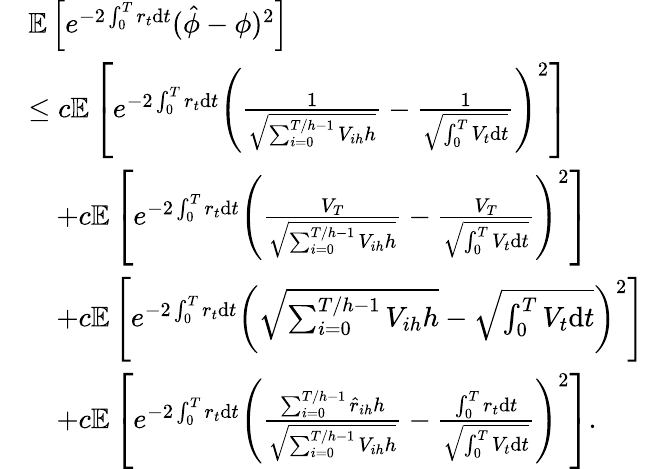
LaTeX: \begin{array}{rl}&{\mathbb{E}\left[e^{-2\int_{0}^{T}r_{t}\mathrm{d}t}(\hat{\phi}-\phi)^{2}\right]}\\ &{\leq c\mathbb{E}\left[e^{-2\int_{0}^{T}r_{t}\mathrm{d}t}\left(\frac{1}{\sqrt{\sum_{i=0}^{T/h-1}V_{ih}h}}-\frac{1}{\sqrt{\int_{0}^{T}V_{t}\mathrm{d}t}}\right)^{2}\right]}\\ &{\quad+c\mathbb{E}\left[e^{-2\int_{0}^{T}r_{t}\mathrm{d}t}\left(\frac{V_{T}}{\sqrt{\sum_{i=0}^{T/h-1}V_{ih}h}}-\frac{V_{T}}{\sqrt{\int_{0}^{T}V_{t}\mathrm{d}t}}\right)^{2}\right]}\\ &{\quad+c\mathbb{E}\left[e^{-2\int_{0}^{T}r_{t}\mathrm{d}t}\left(\sqrt{\sum_{i=0}^{T/h-1}V_{ih}h}-\sqrt{\int_{0}^{T}V_{t}\mathrm{d}t}\right)^{2}\right]}\\ &{\quad+c\mathbb{E}\left[e^{-2\int_{0}^{T}r_{t}\mathrm{d}t}\left(\frac{\sum_{i=0}^{T/h-1}\hat{r}_{ih}h}{\sqrt{\sum_{i=0}^{T/h-1}V_{ih}h}}-\frac{\int_{0}^{T}r_{t}\mathrm{d}t}{\sqrt{\int_{0}^{T}V_{t}\mathrm{d}t}}\right)^{2}\right].}\end{array}